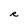
Character: R